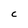
Character: C